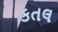
કતલ